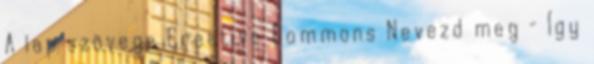
A lap szövege Creative Commons Nevezd meg – Így